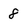
Character: 8